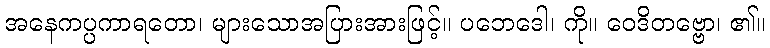
အနေကပ္ပကာရတော၊ များသောအပြားအားဖြင့်။ ပဘေဒေါ၊ ကို။ ဝေဒိတဗ္ဗော၊ ၏။